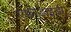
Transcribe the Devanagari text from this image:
एफीडाइडी